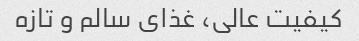
کیفیت عالی، غذای سالم و تازه